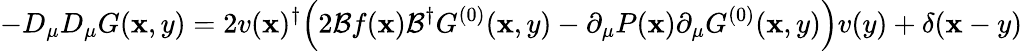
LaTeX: -D_{\mu}D_{\mu}G(\mathbf{x},y)=2v(\mathbf{x})^{\dagger}\Bigl(2\mathcal{B}f(\mathbf{x})\mathcal{B}^{\dagger}G^{(0)}(\mathbf{x},y)-\partial_{\mu}P(\mathbf{x})\partial_{\mu}G^{(0)}(\mathbf{x},y)\Bigr)v(y)+\delta(\mathbf{x}-y)